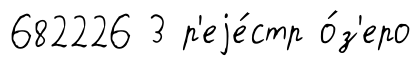
682226 3 р'еjе́стр о́з'еро